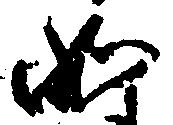
如